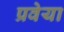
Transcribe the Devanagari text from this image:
प्रवेया